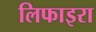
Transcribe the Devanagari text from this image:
लिफाइरा